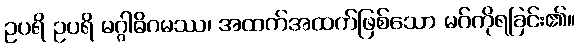
ဥပရိ ဥပရိ မဂ္ဂါဓိဂမဿ၊ အထက်အထက်ဖြစ်သော မဂ်ကိုရခြင်း၏။